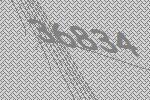
36834